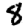
Digit: 8